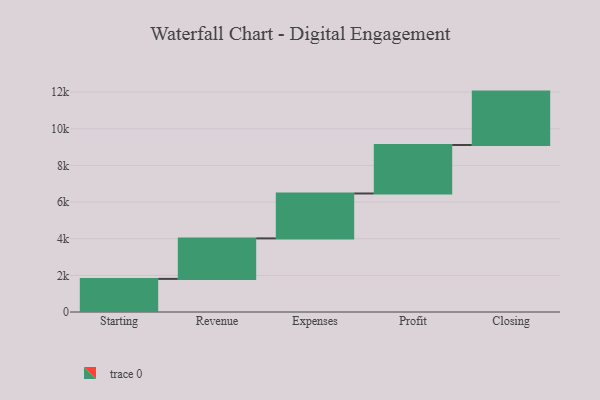
{"axis": {"x": "Step", "y": "Value"}, "legend": [""], "data": [{"x": "Starting", "y": 1807.0, "type": ""}, {"x": "Revenue", "y": 2210.0, "type": ""}, {"x": "Expenses", "y": 2451.0, "type": ""}, {"x": "Profit", "y": 2645.0, "type": ""}, {"x": "Closing", "y": 2915.0, "type": ""}]}